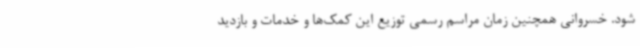
شود. خسروانی همچنین زمان مراسم رسمی توزیع این کمک‌ها و خدمات و بازدید